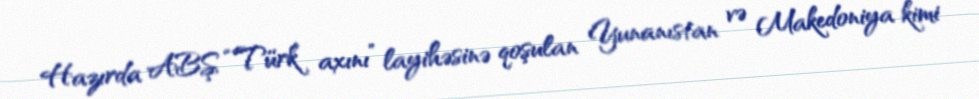
Hazırda ABŞ “Türk axını” layihəsinə qoşulan Yunanıstan və Makedoniya kimi